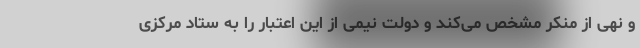
و نهی از منکر مشخص می‌کند و دولت نیمی از این اعتبار را به ستاد مرکزی